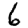
Digit: 6